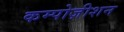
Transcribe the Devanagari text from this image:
कम्पोज़ीशन